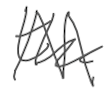
Text: the
Cross-out: zig-zag
Writing tool: digital_gray